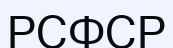
РСФСР